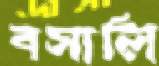
বসালি